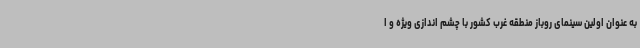
به عنوان اولین سینمای روباز منطقه غرب کشور با چشم اندازی ویژه و ا